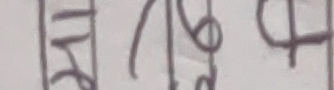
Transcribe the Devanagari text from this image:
गर्नेथ